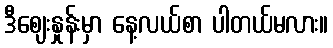
ဒီဈေးနှုန်းမှာ နေ့လယ်စာ ပါတယ်မလား။